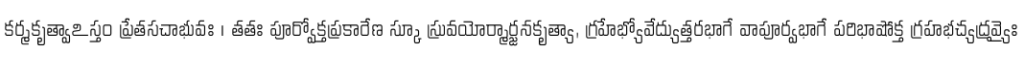
కర్మకృత్వాఽస్తం ప్రేతసచాభువః । తతః పూర్వోక్తప్రకారేణ స్కూ స్రువయోర్మార్జనకృత్యా, గ్రహేభ్యోవేద్యుత్తరభాగే వాపూర్వభాగే పరిభాషోక్త గ్రహభచ్యద్రవ్యైః